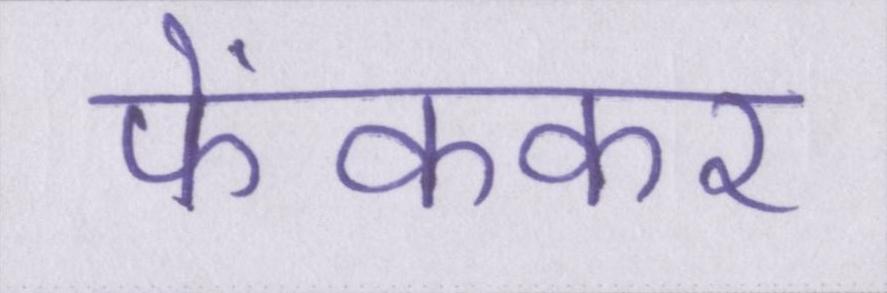
फेंककर